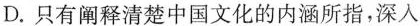
D.只有阐释清楚中国文化的内涵所指,深入